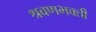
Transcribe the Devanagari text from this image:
श्रवणभक्ती